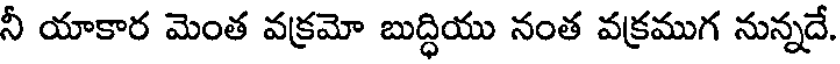
నీ యాకార మెంత వక్రమో బుద్ధియు నంత వక్రముగ నున్నదే.